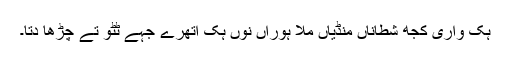
ہک واری کجھ شطاناں مُنڈیاں مُلا ہوراں نوں ہک اتھرے جہے ٹٹو تے چڑھا دتا۔